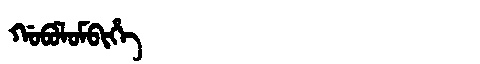
Manchu: ᡤᠣᠪᠣᠯᠣᠮᠪᡳᡥᡝ
Romanization: GOBOLOMBIHE